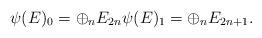
LaTeX: \begin{align*}\psi(E)_0 = \oplus_{n} E_{2n} \psi(E)_1 = \oplus_{n} E_{2n+1}.\end{align*}